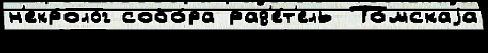
н'екроло́г собо́ра рад'е́т'ель То́мскаjа